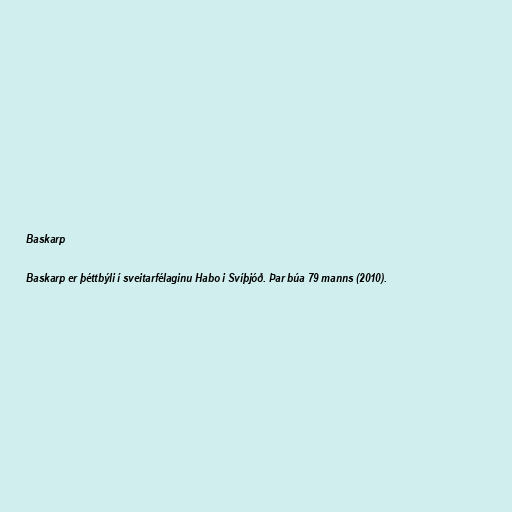
Baskarp

Baskarp er þéttbýli í sveitarfélaginu Habo i Svíþjóð. Þar búa 79 manns (2010).